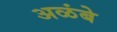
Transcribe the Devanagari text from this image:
अळंबे